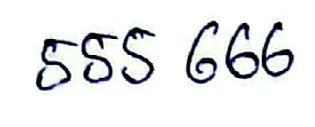
555 666